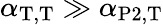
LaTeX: \alpha_{\mathrm{T},\mathrm{T}}\gg\alpha_{\mathrm{P2},\mathrm{T}}